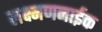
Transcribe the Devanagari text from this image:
लक्ष्मणनाईक